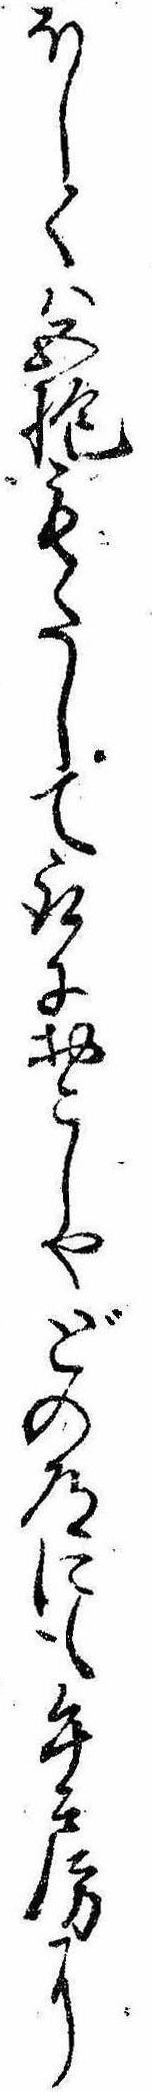
ほしくは五抱もたして取におこしやどの道にも午房に